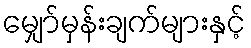
မျှော်မှန်းချက်များနှင့်